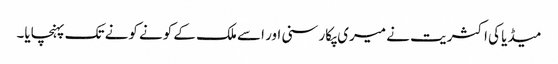
میڈیا کی اکثریت نے میری پکار سنی اور اسے ملک کے کونے کونے تک پہنچایا۔